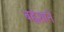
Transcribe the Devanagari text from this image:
बह्वंशाने